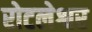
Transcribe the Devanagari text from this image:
रोटलेश्वर